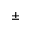
\pm